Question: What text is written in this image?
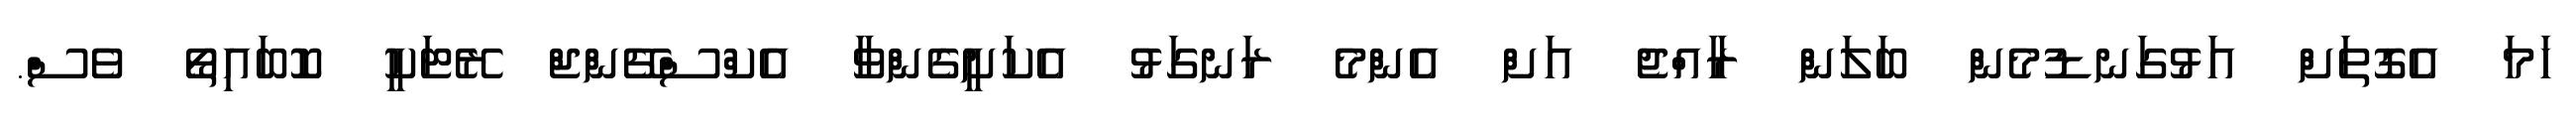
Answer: ހަމަ އެގޮތަށް އަޅުގަނޑުމެން ބަލަން ރާއްޖެ އަށް އެންމެ ރަނގަޅު އެކަށީގެންވާ އެކްސްޗޭންޖް ރޭޓަކީ ކޮބައިތޯ ވެސް.